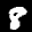
Label: 8